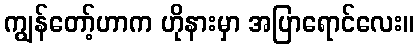
ကျွန်တော့်ဟာက ဟိုနားမှာ အပြာရောင်လေး။